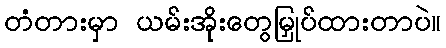
တံတားမှာ ယမ်းအိုးတွေမြှုပ်ထားတာပဲ။